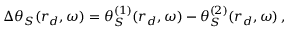
\begin{array} { r } { \Delta \theta _ { S } ( \boldsymbol { r } _ { d } , \omega ) = \theta _ { S } ^ { ( 1 ) } ( \boldsymbol { r } _ { d } , \omega ) - \theta _ { S } ^ { ( 2 ) } ( \boldsymbol { r } _ { d } , \omega ) \, , } \end{array}